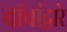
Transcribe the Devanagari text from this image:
चांचांद्वारे